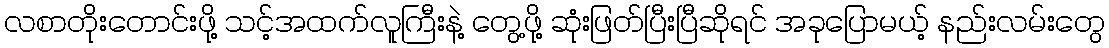
လစာတိုးတောင်းဖို့ သင့်အထက်လူကြီးနဲ့ တွေ့ဖို့ ဆုံးဖြတ်ပြီးပြီဆိုရင် အခုပြောမယ့် နည်းလမ်းတွေ